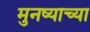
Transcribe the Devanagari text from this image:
मुनष्याच्या